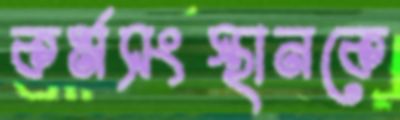
কর্মসংস্থানকে